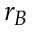
r _ { B }